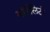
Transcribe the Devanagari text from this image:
मॉर्टेलिटी